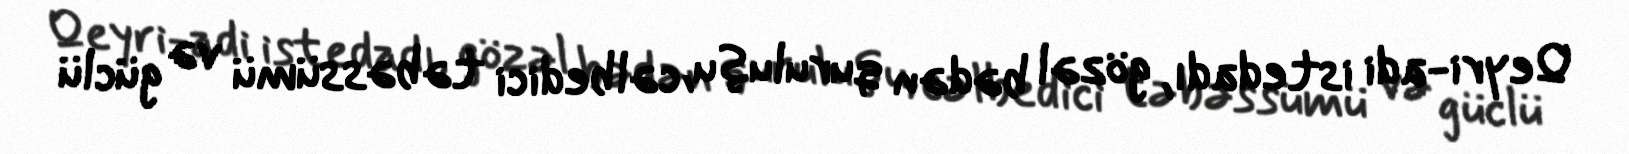
Qeyri-adi istedadı, gözəl bədən quruluşu, cəlbedici təbəssümü və güclü